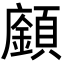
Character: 𩕅